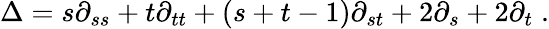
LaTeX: \Delta=s\partial_{ss}+t\partial_{tt}+(s+t-1)\partial_{st}+2\partial_{s}+2\partial_{t}\; .